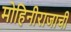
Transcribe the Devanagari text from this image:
मोहिनीराजाची